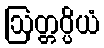
ဩတ္တပ္ပိယံ